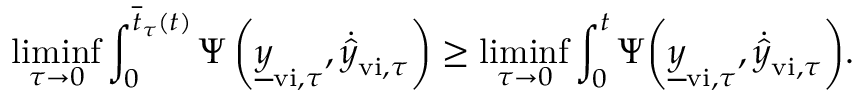
\operatorname* { l i m i n f } _ { \tau \rightarrow 0 } \int _ { 0 } ^ { \overline { { t } } _ { \tau } ( t ) } \Psi \left( \underline { { y } } _ { \mathrm { v i } , \tau } , \dot { \hat { y } } _ { \mathrm { v i } , \tau } \right) \geq \operatorname* { l i m i n f } _ { \tau \rightarrow 0 } \int _ { 0 } ^ { t } \Psi { \left( \underline { { y } } _ { \mathrm { v i } , \tau } , \dot { \hat { y } } _ { \mathrm { v i } , \tau } \right) } .